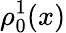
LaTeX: \rho_{0}^{1}(x)